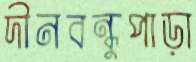
দীনবন্ধুপাড়া